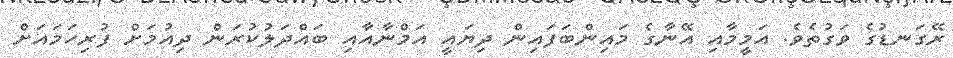
ރޭގަނޑުގެ ވަގުތެވެ. އަމީމާއި އޭނާގެ މައިންބަފައިން ދިޔައީ އަމްނާއާއި ބައްދަލުކުރަން ދިއުމަށް ފުރިހަމައަށް